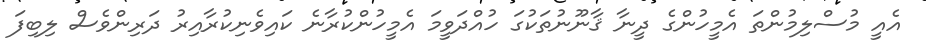
އެއީ މުސްލިމުންތަ އެމީހުންގެ ދީނާ ޤާނޫނުތަކުގަ ހުއްދަވީމަ އެމީހުންކުރާނެ ކައިވެނިކުރާއިރު ދަރިންވެސް ލިބިފަ